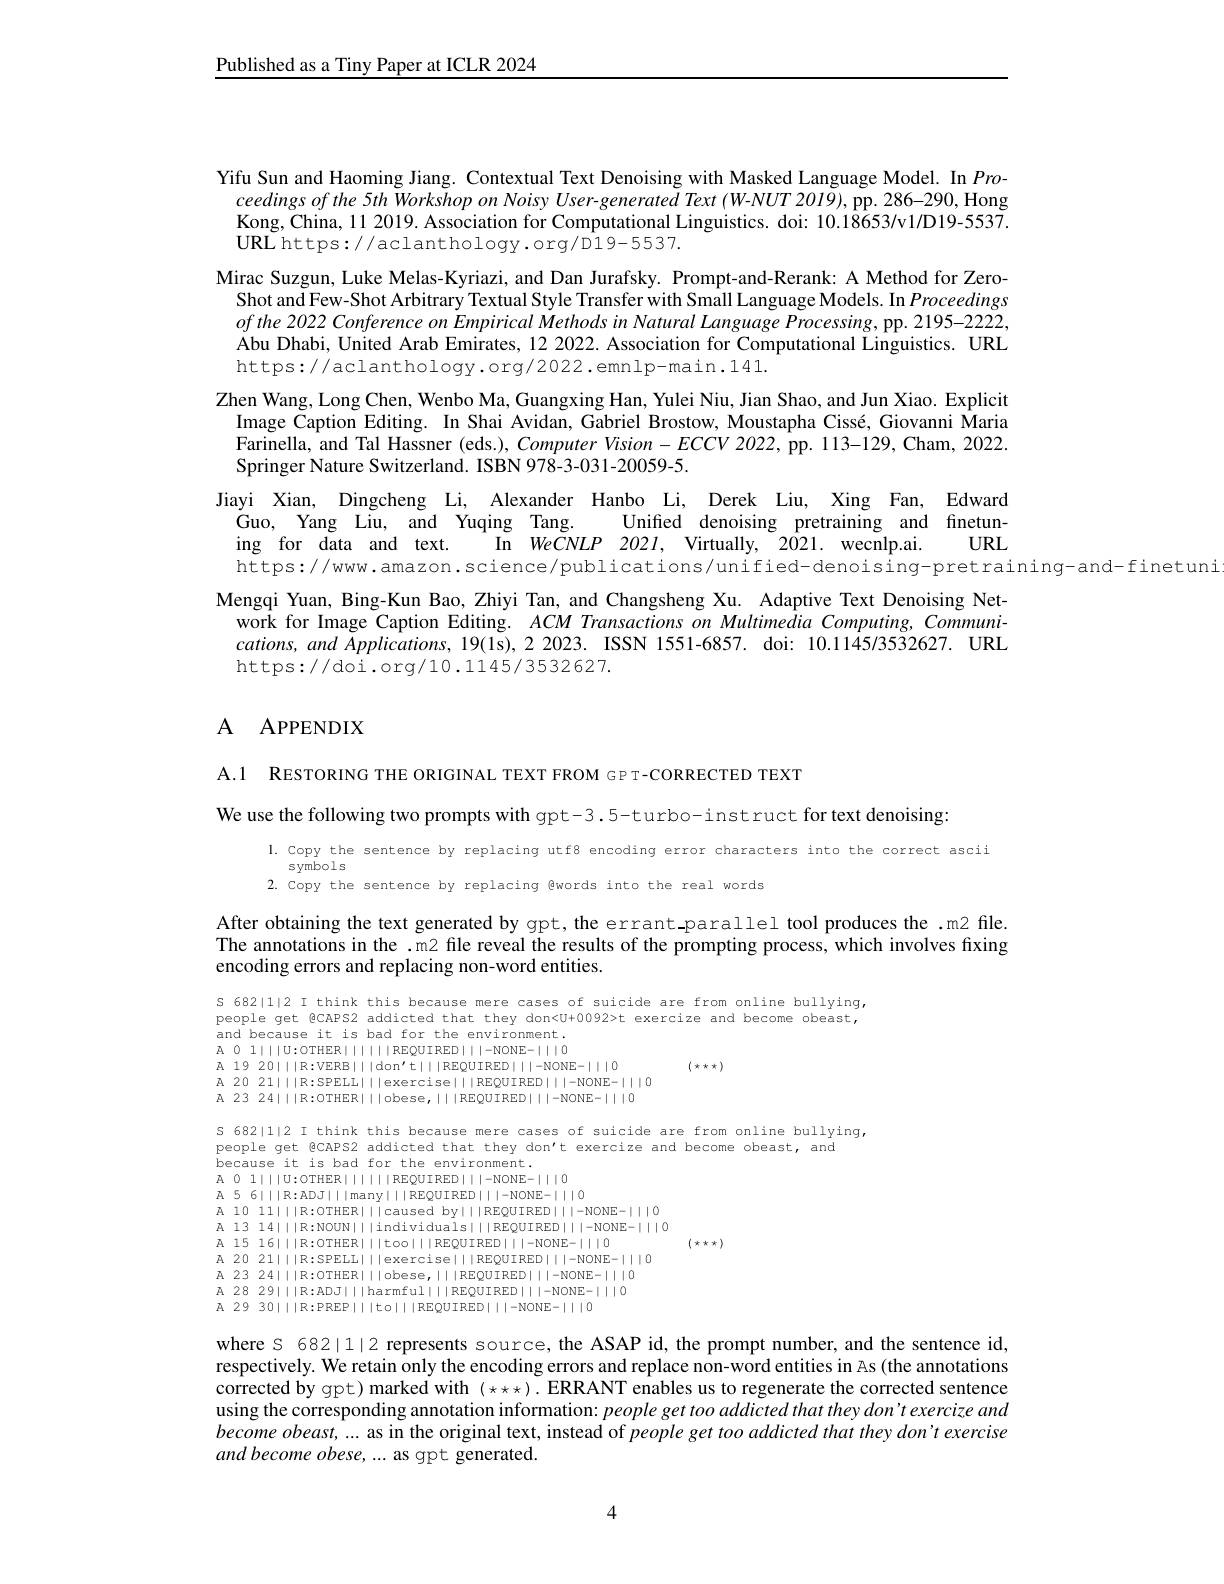
Published as a Tiny Paper at ICLR 2024

Yifu Sun and Haoming Jiang. Contextual Text Denoising with Masked Language Model. In Pro-
ceedings of the 5th Workshop on Noisy User-generated Text (W-NUT 2019), pp. 286-290, Hong Kong, China, 11 2019. Association for Computational Linguistics. doi: 10.18653/v1/D19-5537. URL https: / / aclanthology. org/ D19- 5537.
Mirac Suzgun, Luke Melas-Kyriazi, and Dan Jurafsky. Prompt-and-Rerank: A Method for Zero-
Shot and Few-Shot Arbitrary Textual Style Transfer with Small Language Models. In Proceedings $ofthe2022$ Conference on Empirical Methods in Natural Language Processing, pp. 2195-2222, Abu Dhabi, United Arab Emirates, 12 2022. Association for Computational Linguistics. URL https://aclanthology.org/2022.emnlp-main.141.
Zhen Wang, Long Chen, Wenbo Ma, Guangxing Han, Yulei Niu, Jian Shao, and Jun Xiao. Explicit
Image Caption Editing. In Shai Avidan, Gabriel Brostow, Moustapha Cissé, Giovanni Maria Farinella, and Tal Hassner (eds.), Computer Vision- ECCV 2022, pp. 113-129, Cham, 2022. Springer Nature Switzerland. ISBN 978-3-031-20059-5.
Jiayi Xian, Dingcheng Li, Alexander Hanbo Li, Derek Liu, Xing Fan, Edward
Guo, Yang Liu, and Yuqing Tang. Unified denoising pretraining and finetun-
URL
ing for data and text. In WeCNLP 2021, Virtually, 2021. wecnlp.ai.
https://www.amazon.science/publications/unified-denoising-pretraining-and-finetuni
Mengqi Yuan, Bing-Kun Bao, Zhiyi Tan, and Changsheng Xu. Adaptive Text Denoising Net-
work for Image Caption Editing. ACM Transactions on Multimedia Computing, Communi- $cations,and\tilde{A}pplications,19(1s),22023.ISSN1551-6857.$ doi: 10.1145/3532627. URL https://doi.org/10.1145/3532627.

## $A$ APPENDIX

A.1 RESTORING THE ORIGINAL TEXT FROM GPT-CORRECTED TEXT

We use the following two prompts with gpt-3.5-turbo-instruct for text denoising:

l. Copy the sentence by replacing utf8 encoding error characters into the correct ascii
symbols
2. Copy the sentence by replacing @words into the real words

After obtaining the text generated by gpt, the errant parallel tool produces the .m2 file. The annotations in the .m2 file reveal the results of the prompting process, which involves fixing encoding errors and replacing non-word entities.

s 6821112 I think this because mere cases of suicide are from online bullying, people get @CAPS2 addicted that they don<U+0092>t exercize and become obeast, and because it is bad for the environment. $\bar{A}$ O 1||U:OTHER|||||REQUIRED|||-NONE-|||0 A 19 20|||R:VERB|||don't|||REQUIRED|||-NONE-|||0
$(\star\star\star)$
A 20 21|||R:SPELL|||exercise|||REQUIRED||-NONE-|||0 $\mathbb{A}$ 23 24IIIR:OTHERIIIobese,IIREQUIREDIII-NONE-IIIO

S 6821112 I think this because mere cases of suicide are from online bullying,
people get @caps2 addicted that they don't exercize and become obeast, and because it is bad for the environment.
$A_{0}$ 1111U:OTHER|IIIIREQUIRED|||-NONE-|||0 $A56|||R:ADJ|||many|||REQUIRED|||-NONE-|||0$ A 10 11|||R:OTHER|||caused by|||REQUIRED||-NONE-|||O A 13 14|||R:NOUN|||individuals||REQUIRED|||-NONE-|||0 A 15 16|||R:0THER|||too|||REQUIRED|||-NONE-|||0
$(x+x\times)$
A 20 21|||R:SPELL|||exercise|||REQUIRED||-NONE-|||0
A 23 24|||R:OTHER|||obese,|||REQUIRED|||-NONE-|||0 $A$ 28 291||R:ADJ||harmful||REQUIRED|||-NONE-|||0 A 29 30111R:PREP|||to||REQUIRED|||-NONE-|||0

where S 682|1|2 represents source, the ASAP id, the prompt number, and the sentence id, respectively. We retain only the encoding errors and replace non-word entities in As (the annotations corrected by gpt) marked with $( \star \star \star ) . \textbf{ERRANTenablesus to regenerate the corrected sentence}$ using the corresponding annotation information: people get too addicted that they don't exercize and become obeast,.... as in the original text, instead of people get too addicted that they don't exercise and become obese, ... as gpt generated.

4